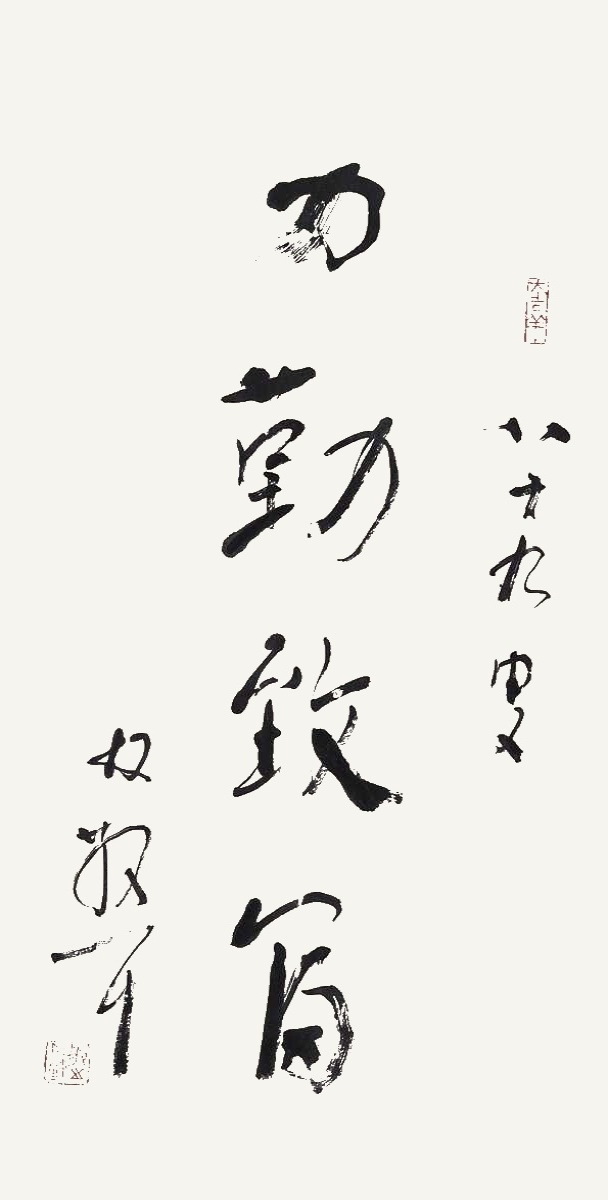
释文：力勤致富。八十九叟林散耳。